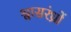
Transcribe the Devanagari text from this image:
श्वासरंध्रों